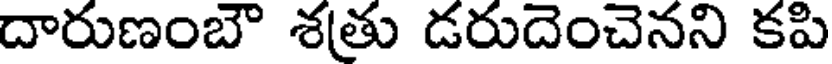
దారుణంబౌ శతు డరుదెంచెనని కపి